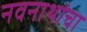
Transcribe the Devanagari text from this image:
नवनाथांचा